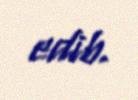
edib.